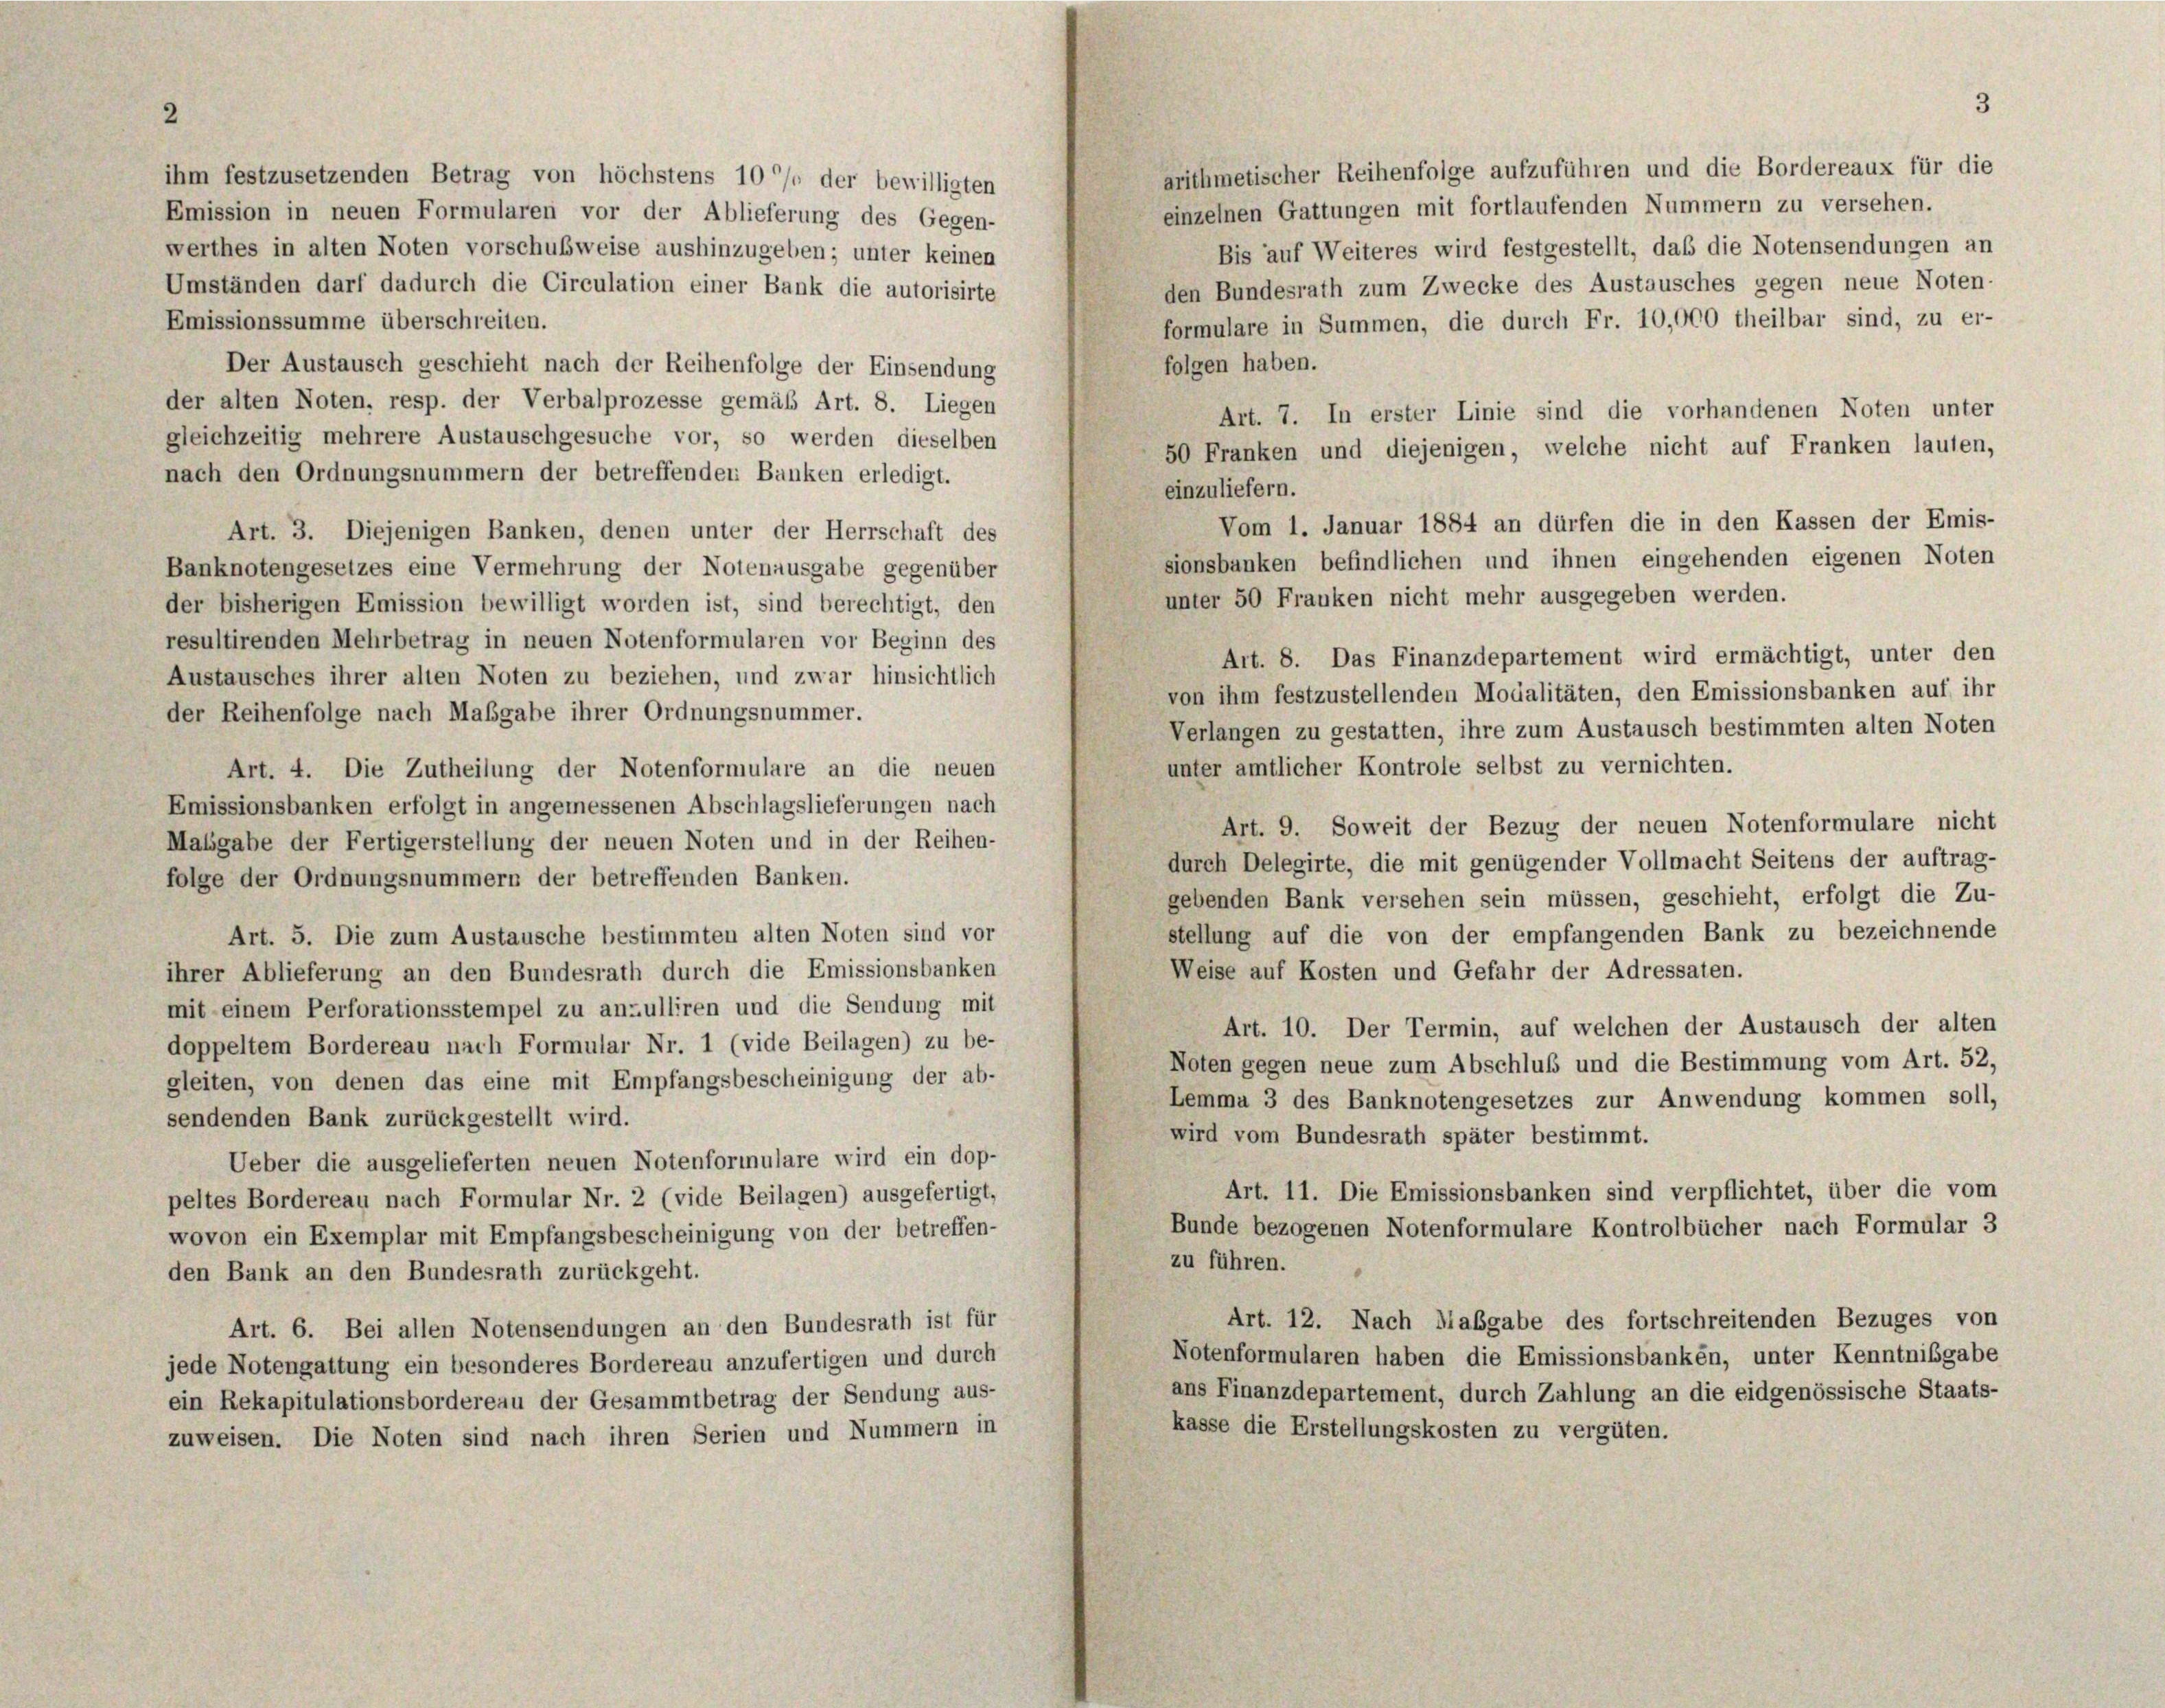
ihm festzusetzenden Betrag von höchstens 10 % der bewilligten
Emission in neuen Formularen vor der Ablieferung des Gegen-

arithmetischer Reihenfolge aufzuführen und die Bordereaux für die
einzelnen Gattungen mit fortlaufenden Nummern zu versehen.
Bis auf Weiteres wird festgestellt, daß die Notensendungen an
werthes in alten Noten vorschußweise aushinzugeben; unter keinen
Umständen darf dadurch die Circulation einer Bank die autorisirte
den Bundesrath zum Zwecke des Austausches gegen neue Noten-
Emissionssumme überschreiten.
formulare in Summen, die durch Fr. 10,000 theilbar sind, zu er-
folgen haben.
Der Austausch geschieht nach der Reihenfolge der Einsendung
der alten Noten, resp. der Verbalprozesse gemäß Art. 8. Liegen
Art. 7. In erster Linie sind die vorhandenen Noten unter
gleichzeitig mehrere Austauschgesuche vor, so werden dieselben
50 Franken und diejenigen, welche nicht auf Franken lauten
nach den Ordnungsnummern der betreffenden Banken erledigt.
einzuliefern.
Vom 1. Januar 1884 an dürfen die in den Kassen der Emis
Art. 3. Diejenigen Banken, denen unter der Herrschaft des
sionsbanken befindlichen und ihnen eingehenden eigenen Noten
Banknotengesetzes eine Vermehrung der Notenausgabe gegenüber
unter 50 Franken nicht mehr ausgegeben werden.
der bisherigen Emission bewilligt worden ist, sind berechtigt, den
resultirenden Mehrbetrag in neuen Notenformularen vor Beginn des
Art. 8. Das Finanzdepartement wird ermächtigt, unter der
Austausches ihrer alten Noten zu beziehen, und zwar hinsichtlich
von ihm festzustellenden Modalitäten, den Emissionsbanken auf ih
der Reihenfolge nach Maßgabe ihrer Ordnungsnummer.
Verlangen zu gestatten, ihre zum Austausch bestimmten alten Noten
unter amtlicher Kontrole selbst zu vernichten.
Art. 4. Die Zutheilung der Notenformulare an die neuen
Emissionsbanken erfolgt in angemessenen Abschlagslieferungen nach
Art. 9. Soweit der Bezug der neuen Notenformulare nicht
Massgabe der Fertigerstellung der neuen Noten und in der Reihen-
durch Delegirte, die mit genügender Vollmacht Seitens der auftrag-
folge der Ordnungsnummern der betreffenden Banken.
gebenden Bank versehen sein müssen, geschieht, erfolgt die Zu
stellung auf die von der empfangenden Bank zu bezeichnend,
Art. 5. Die zum Austausche bestimmten alten Noten sind vor
Weise auf Kosten und Gefahr der Adressaten.
ihrer Ablieferung an den Bundesrath durch die Emissionsbanken
mit einem Perforationsstempel zu anzulliren und die Sendung mit
Art. 10. Der Termin, auf welchen der Austausch der alter
doppeltem Bordereau nach Formular Nr. 1 (vide Beilagen) zu be-
Noten gegen neue zum Abschluß und die Bestimmung vom Art. 52
gleiten, von denen das eine mit Empfangsbescheinigung der ab-
Lemma 3 des Banknotengesetzes zur Anwendung kommen soll
sendenden Bank zurückgestellt wird.
wird vom Bundesrath später bestimmt.
Ueber die ausgelieferten neuen Notenformulare wird ein dop-
Art. 11. Die Emissionsbanken sind verpflichtet, über die von
peltes Bordereau nach Formular Nr. 2 (vide Beilagen) ausgefertigt,
Bunde bezogenen Notenformulare Kontrolbücher nach Formular 3
wovon ein Exemplar mit Empfangsbescheinigung von der betreffen-
zu führen.
den Bank an den Bundesrath zurückgeht.
Art. 12. Nach Habgabe des fortschreitenden Bezuges von
Art. 6. Bei allen Notensendungen an den Bundesrath ist für
Notenformularen haben die Emissionsbanken, unter Kenntnißgabe
jede Notengattung ein besonderes Bordereau anzufertigen und durch
ans Finanzdepartement, durch Zahlung an die eidgenössische Staats-
ein Rekapitulationsbordereau der Gesammtbetrag der Sendung aus-
kasse die Erstellungskosten zu vergüten.
zuweisen. Die Noten sind nach ihren Serien und Nummern in

3